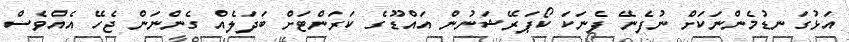
އަޅުގަނޑުމެންނަކަށް ނުފެނޭ ފެނަކަ ކޯޕަރޭޝަނުން އައްޑޫގެ ކަރަންޓަށް ބަދަލެއް ގެންނަން ޖެހޭ އެއްވެސް